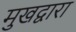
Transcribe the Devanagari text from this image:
मुखद्वारा